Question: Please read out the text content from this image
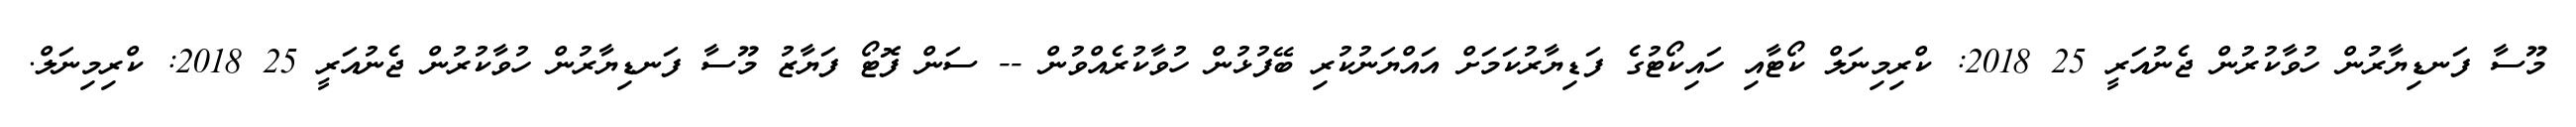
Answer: މޫސާ ފަނޑިޔާރުން ހުވާކުރުން ޖެނުއަރީ 25 2018: ކްރިމިނަލް ކޯޓާއި ހައިކޯޓުގެ ފަޑިޔާރުކަމަށް އައްޔަނުކުރި ބޭފުޅުން ހުވާކުރެއްވުން -- ސަން ފޮޓޯ ފަޔާޒު މޫސާ ފަނޑިޔާރުން ހުވާކުރުން ޖެނުއަރީ 25 2018: ކްރިމިނަލް.